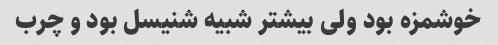
خوشمزه بود ولی بیشتر شبیه شنیسل بود و چرب